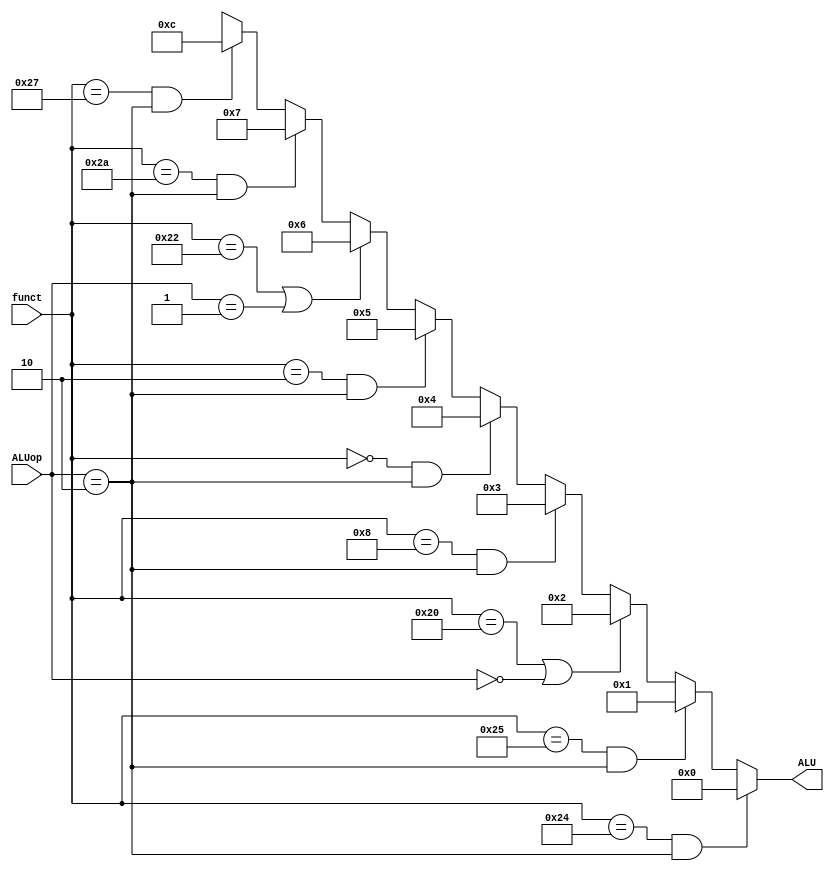
module ALUcontrol(input [5:0]funct,input [1:0]ALUop,output [3:0] ALU);
parameter add =32;
parameter And =36;
parameter jr =8;
parameter Nor =39;
parameter Or =37;
parameter sll =0;
parameter slt =42;
parameter srl =2;
parameter sub =34;

parameter ADD =0;
parameter SUB = 1;
parameter R_FORMAT=2;

assign ALU=((funct==And)&&(ALUop==R_FORMAT))?4'b0000 : ((funct==Or)&&(ALUop==R_FORMAT))?4'b0001:((funct==add)||(ALUop==ADD))?4'b0010 :
((funct==jr)&&(ALUop==R_FORMAT))?4'b0011 :((funct==sll)&&(ALUop==R_FORMAT))?4'b0100:((funct==srl)&&(ALUop==R_FORMAT))?4'b0101:
((funct==sub)||(ALUop==SUB))?4'b0110 : ((funct==slt)&&(ALUop==R_FORMAT))?4'b0111 :((funct==Nor)&&(ALUop==R_FORMAT))?4'b1100 :4'bxxxx;
endmodule

module ALUcontrolTest;
reg [5:0] funct;reg[1:0]ALUop;wire[3:0]ALU;
initial 
begin
$monitor("ALU =%b ",ALU);
#10
funct=36;ALUop=2;
#10
funct=37;ALUop=2;
#10
funct=32;ALUop=0;
#10
funct=34;ALUop=1;
#10
funct=42;ALUop=2;
#10
funct=39;ALUop=2;
#10
funct=0;ALUop=2;
#10
funct=2;ALUop=2;
#10
funct=8;ALUop=2;
end
ALUcontrol A1(funct,ALUop, ALU);
endmodule